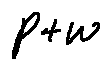
p + w